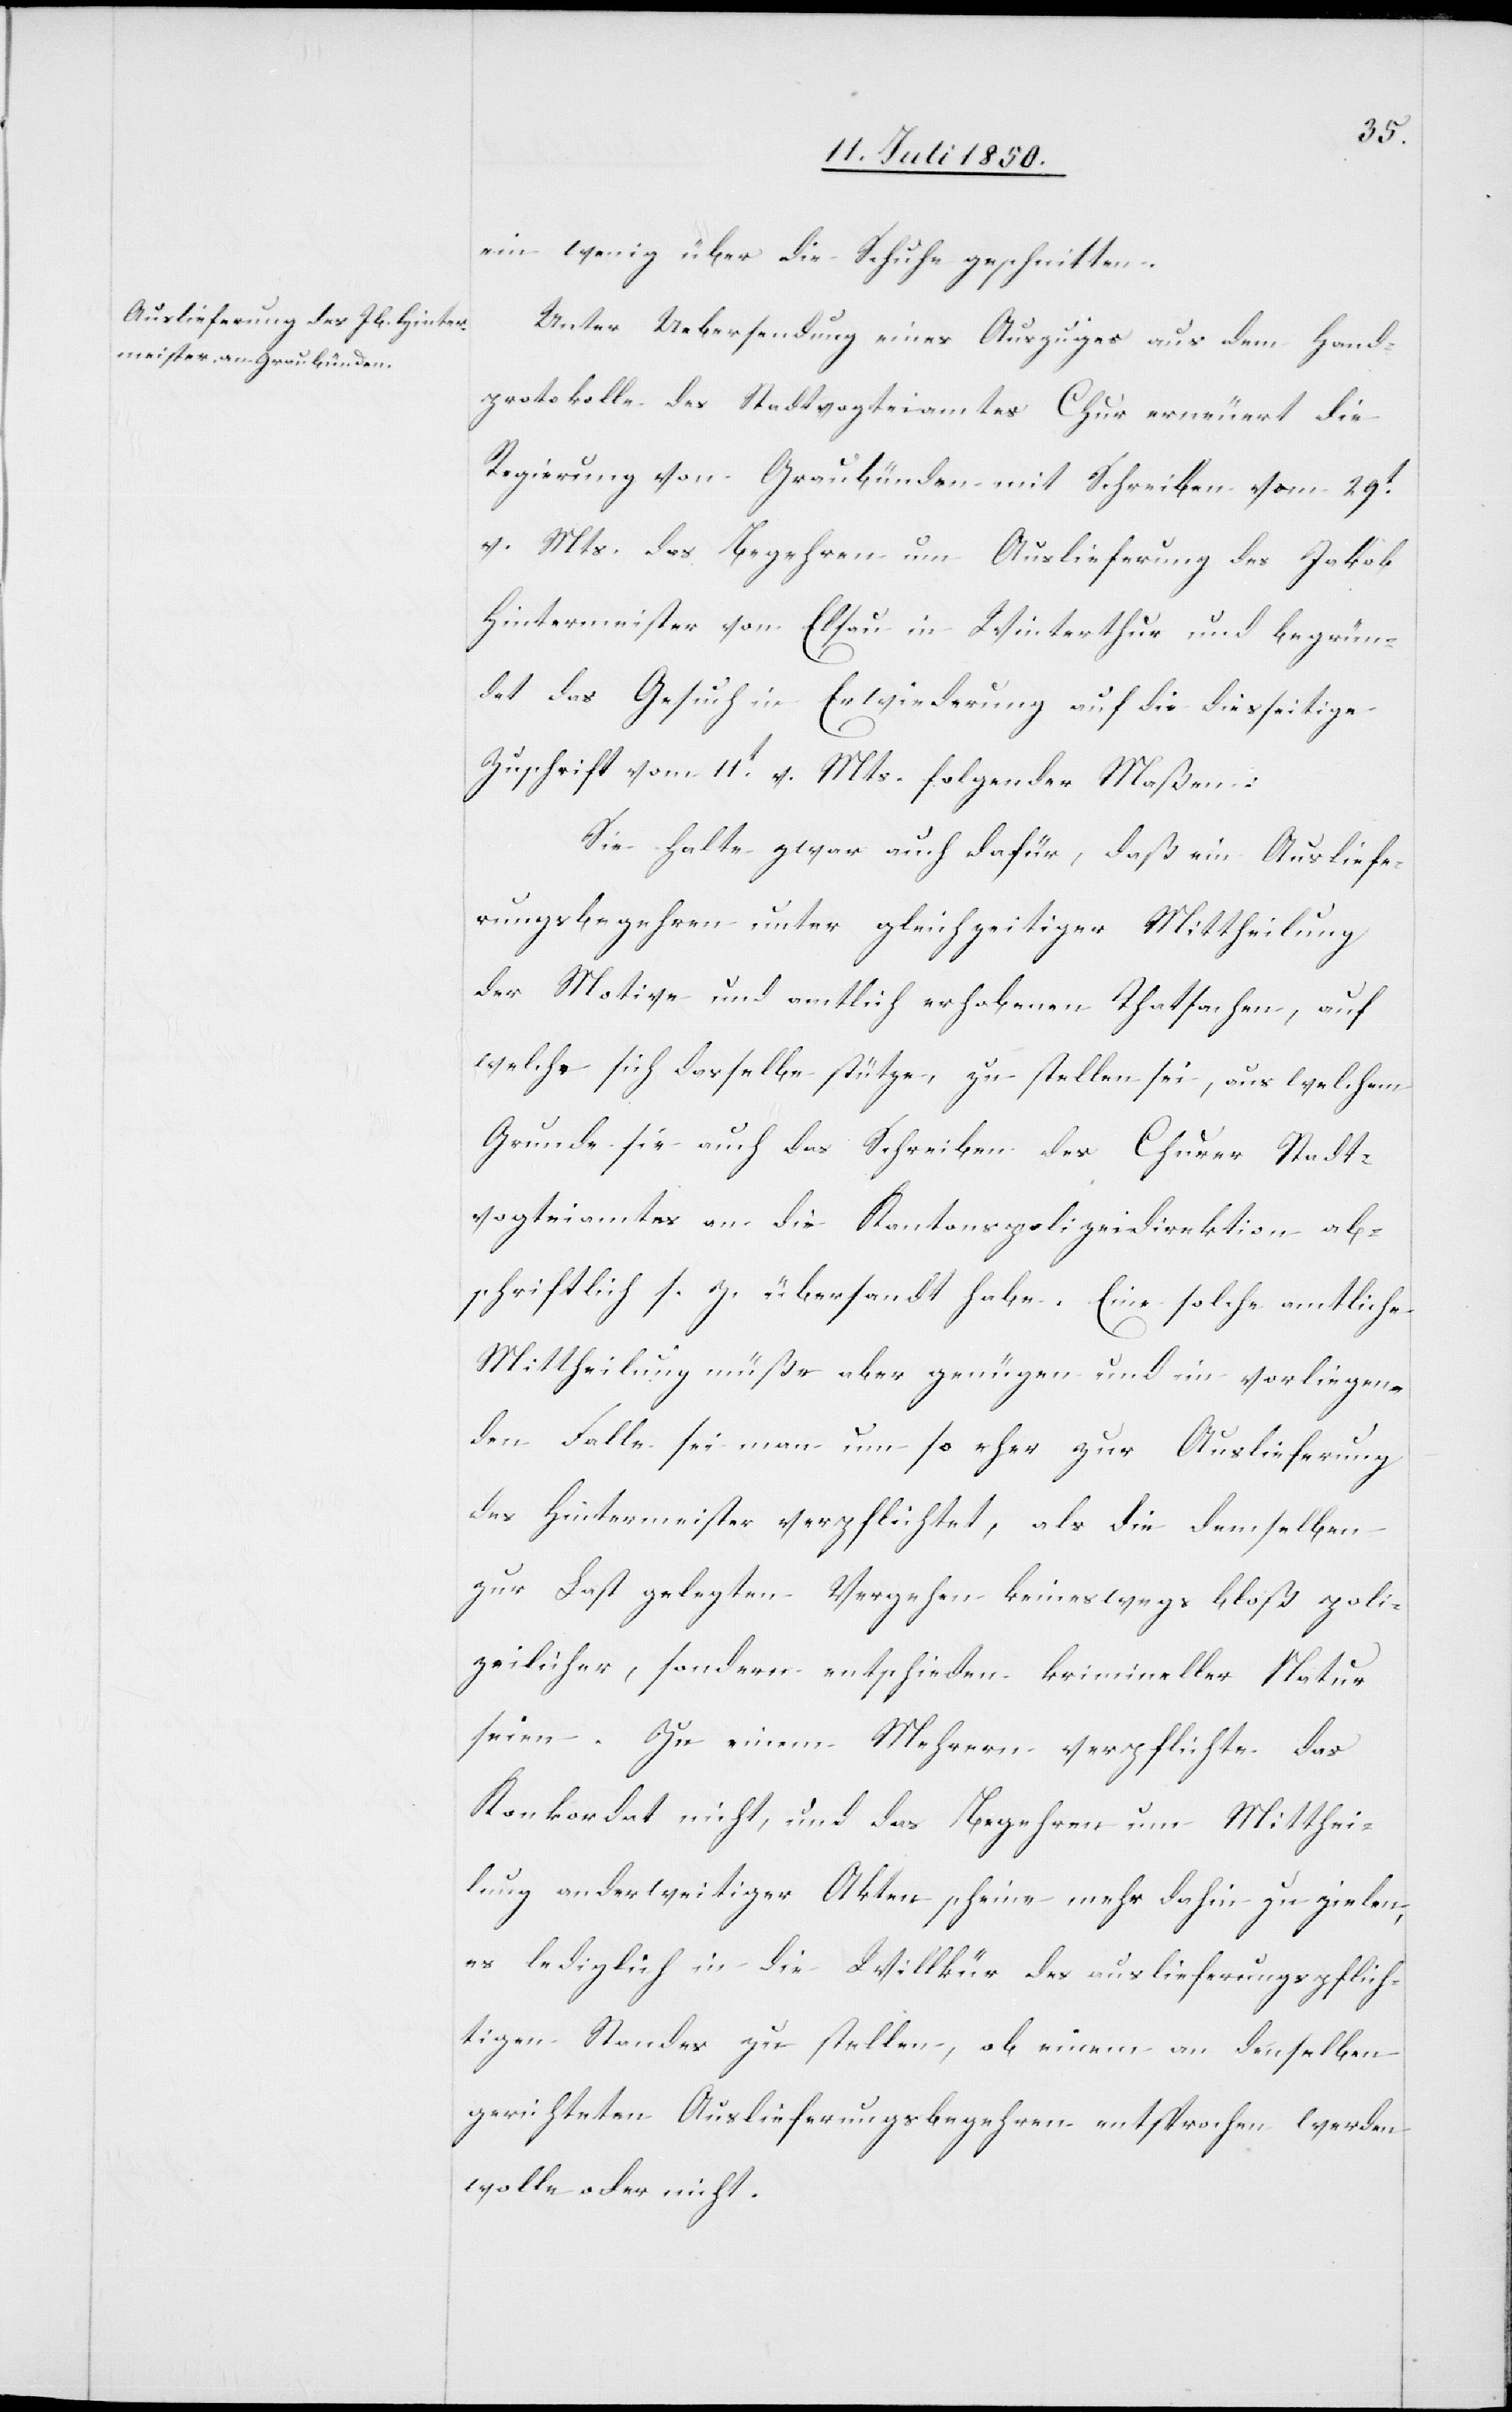
ein wenig über die Schuhe geschnitten.
Unter Uebersendung eines Auszuges aus dem Hand¬
protokolle des Stadtvogteiamtes Chur erneuert die
Regierung von Graubünden mit Schreiben vom 29t
v. Mts. das Begehren um Auslieferung des Jakob
Hintermeister von Elsau in Winterthur und begrün¬
det das Gesuch in Erwiederung auf die diesseitige
Zuschrift vom 11t v. Mts. folgender Maßen:
Sie halte zwar auch dafür, daß ein Ausliefe¬
rungsbegehren unter gleichzeitiger Mittheilung
der Motive und amtlich erhobenen Thatsachen, auf
welche sich dasselbe stütze, zu stellen sei, aus welchem
Grunde sie auch das Schreiben des Churer Stadt¬
vogteiamtes an die Kantonspolizeidirektion ab¬
schriftlich s. Z. übersandt habe. Eine solche amtliche
Mittheilung müße aber genügen und im vorliegen¬
den Falle sei man um so eher zur Auslieferung
des Hintermeister verpflichtet, als die demselben
zur Last gelegten Vergehen keineswegs bloß poli¬
zeilicher, sondern entschieden krimineller Natur
seien. Zu einem Mehrern verpflichte das
Konkordat nicht, und das Begehren um Mitthei¬
lung anderweitiger Akten scheine mehr dahin zu zielen,
es lediglich in die Willkür des auslieferungspflich¬
tigen Standes zu stellen, ob einem an denselben
gerichteten Auslieferungsbegehren entsprochen werden
wolle oder nicht.